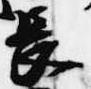
長